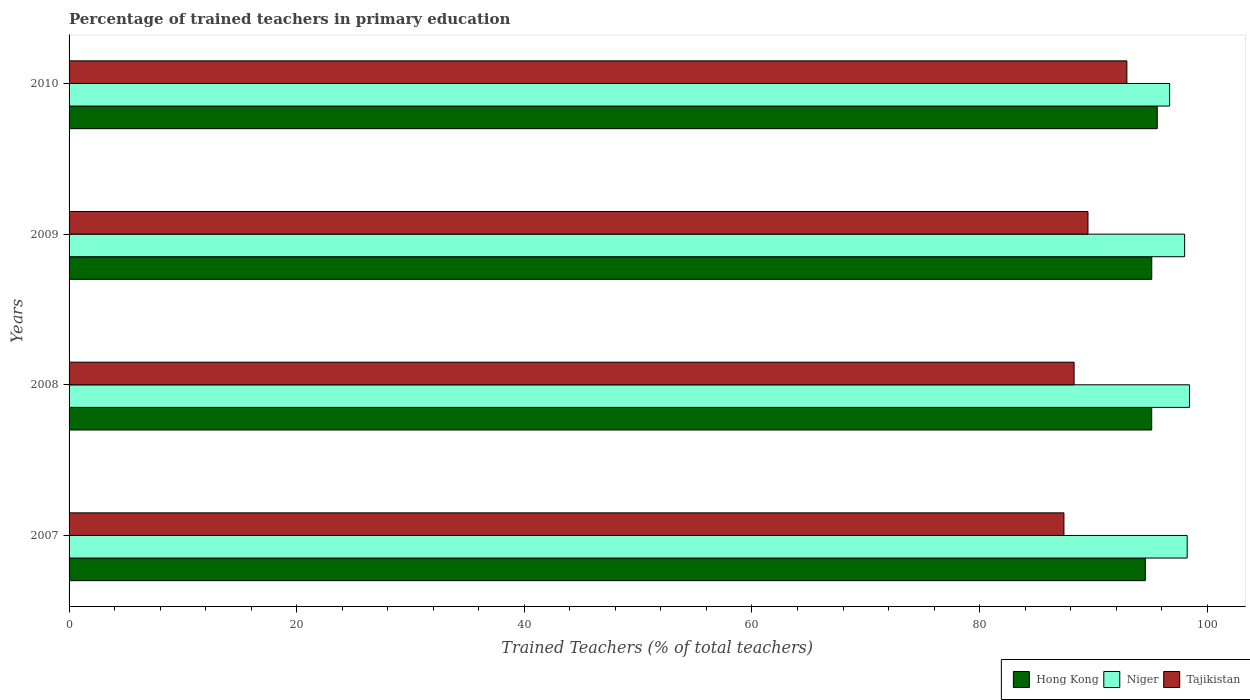
| Years | Hong Kong | Niger | Tajikistan |
 | --- | --- | --- | --- |
 | 2007 | 94.6 | 98.2 | 87.4 |
 | 2008 | 95.1 | 98.4 | 88.3 |
 | 2009 | 95.1 | 98 | 89.5 |
 | 2010 | 95.6 | 96.7 | 92.9 |